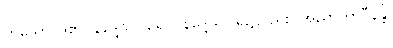
ဟူသောပုဒ်၏။ နိဒ္ဒေသဝါရေပိ၊ နိဒ္ဒေသဝါရ၌လည်း။ အညာတာဝီနန္တိ၊